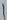
Text: 1